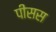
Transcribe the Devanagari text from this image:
पीसस